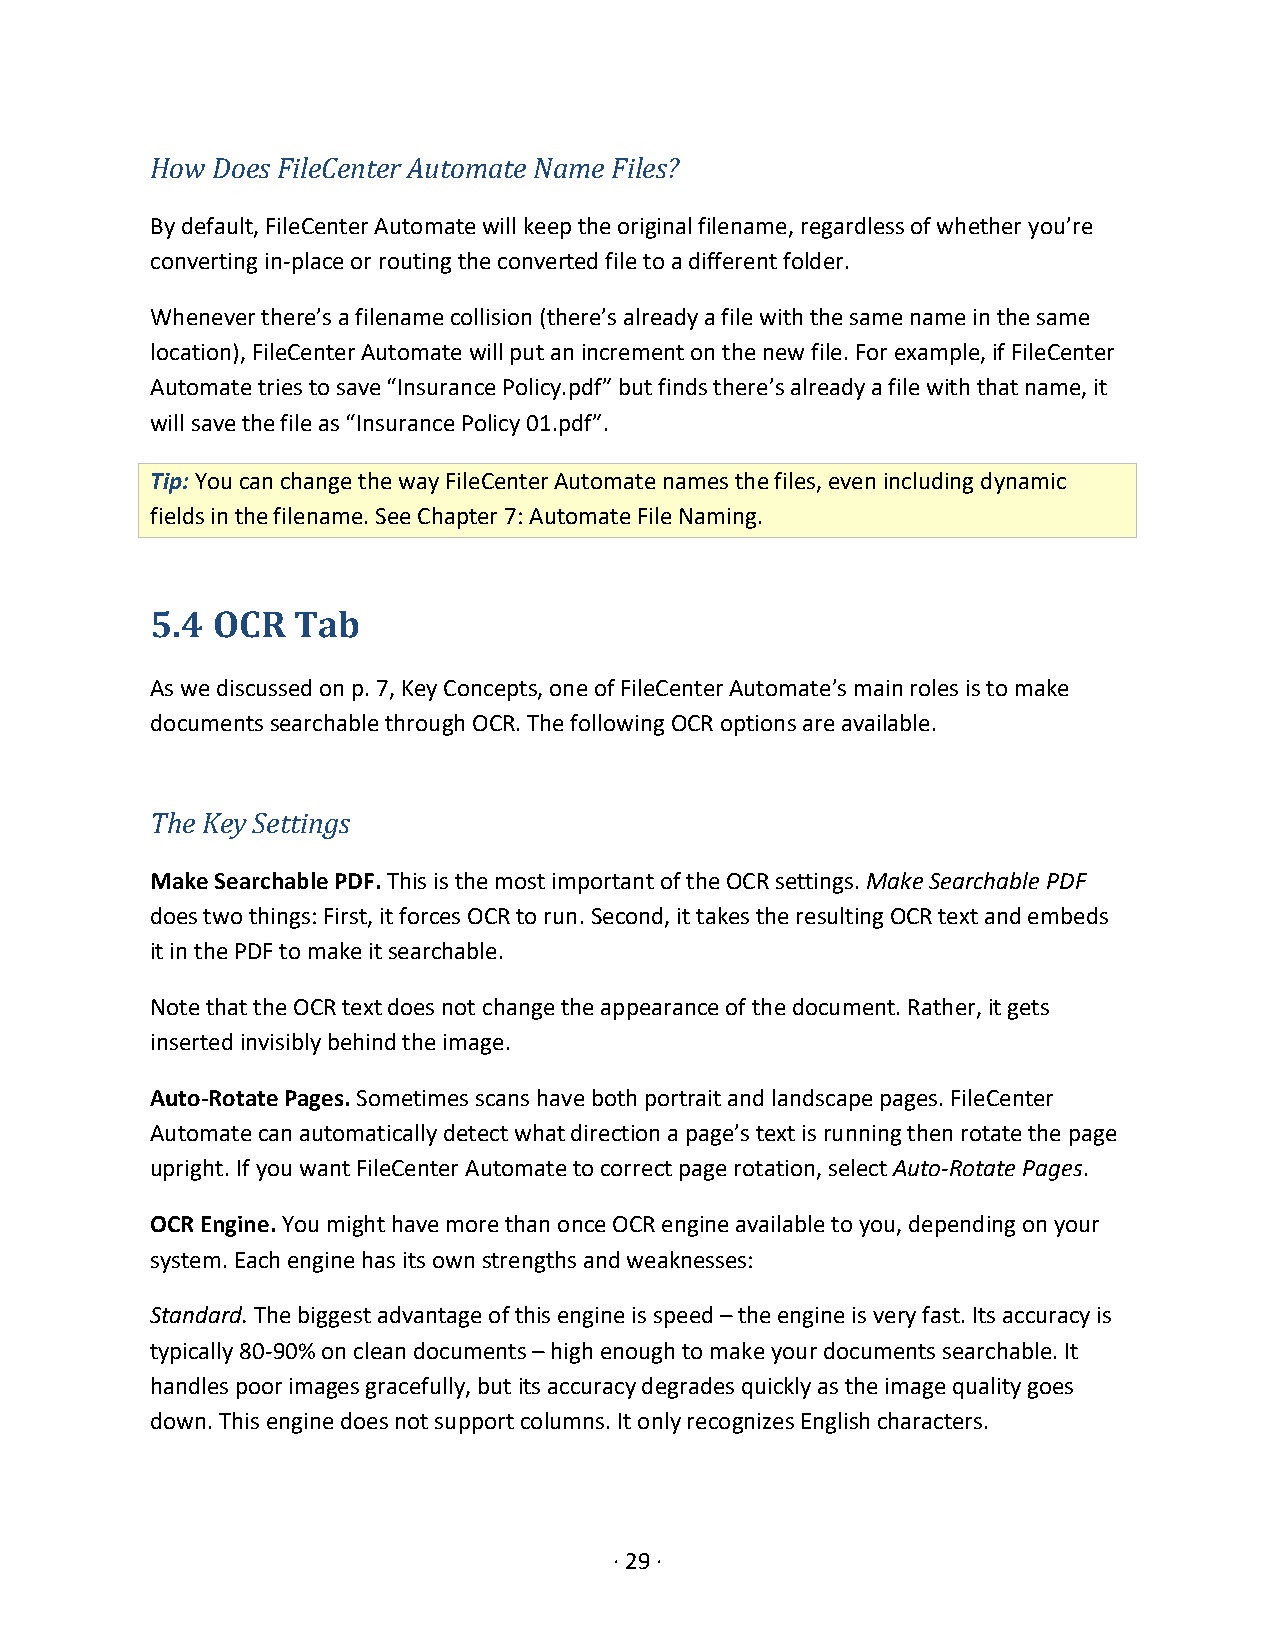
How Does FileCenter Automate Name Files?
 By default, FileCenter Automate will keep the original filename, regardless of whether you’re
 converting in-place or routing the converted file to a different folder.
 Whenever there’s a filename collision (there’s already a file with the same name in the same
 location), FileCenter Automate will put an increment on the new file. For example, if FileCenter
 Automate tries to save “Insurance Policy.pdf” but finds there’s already a file with that name, it
 will save the file as “Insurance Policy 01.pdf”.
 Tip: You can change the way FileCenter Automate names the files, even including dynamic
 fields in the filename. See Chapter 7: Automate File Naming.
 5.4 OCR  Tab
 As we discussed on p. 7, Key Concepts, one of FileCenter Automate’s main roles is to make
 documents searchable through OCR. The following OCR options are available.
 The Key Settings
 Make Searchable PDF. This is the most important of the OCR settings. Make Searchable PDF
 does two things: First, it forces OCR to run. Second, it takes the resulting OCR text and embeds
 it in the PDF to make it searchable.
 Note that the OCR text does not change the appearance of the document. Rather, it gets
 inserted invisibly behind the image.
 Auto-Rotate Pages. Sometimes scans have both portrait and landscape pages. FileCenter
 Automate can automatically detect what direction a page’s text is running then rotate the page
 upright. If you want FileCenter Automate to correct page rotation, select Auto-Rotate Pages.
 OCR Engine. You might have more than once OCR engine available to you, depending on your
 system. Each engine has its own strengths and weaknesses:
 Standard. The biggest advantage of this engine is speed – the engine is very fast. Its accuracy is
 typically 80-90% on clean documents – high enough to make your documents searchable. It
 handles poor images gracefully, but its accuracy degrades quickly as the image quality goes
 down. This engine does not support columns. It only recognizes English characters.
 · 29 ·